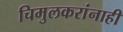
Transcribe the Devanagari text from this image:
चिमुलकरांनाही